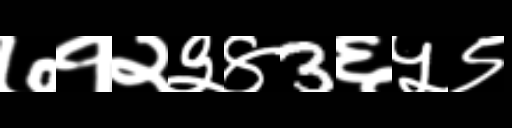
Text: ७१२३४3६५९